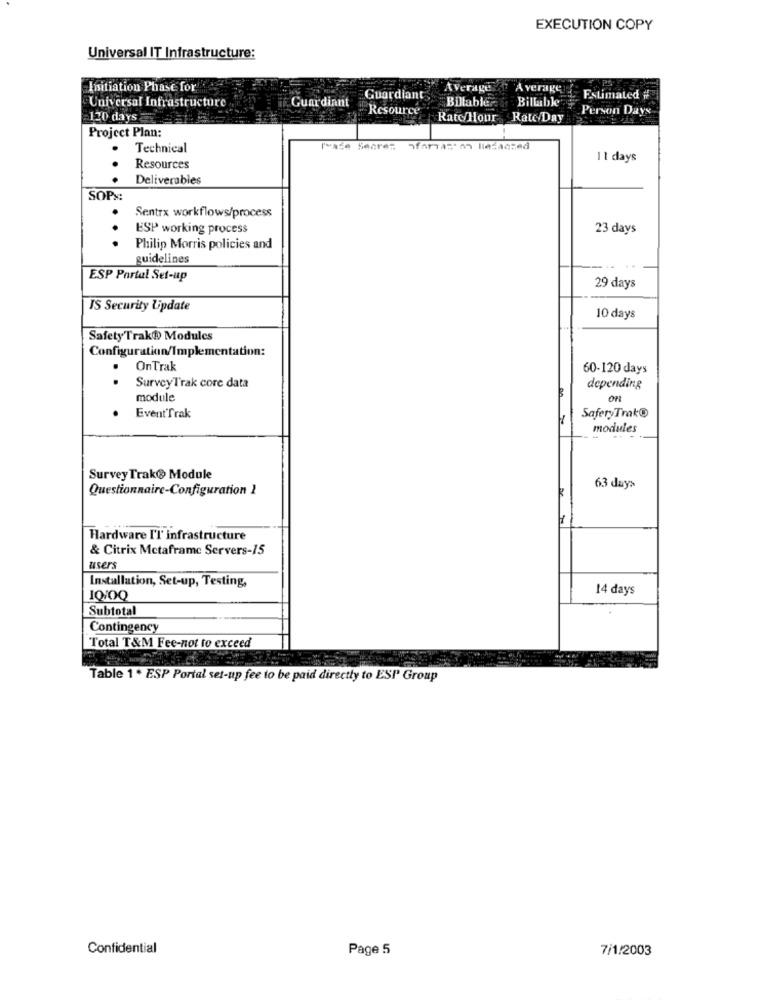
EXECUTION COPY
Universal IT Infrastructure:
Initiation Phase for
Average At Average
Universal Infrastructure
Guardiant
Guardiants
BDtable
Billable
Estimated #
Resource
Person Days
120 days
Rate/Hour Ratc/Day
Project Plan:
Technical
I'Made Secres farias'n lindaczed
11 days
Resources
Deliverables
SOPx
.
Sentrx workflows/process
.
ESP working process
23 days
.
Philip Morris policies and
guidelines
ESP Portal Set-up
29 days
IS Security Update
10 days
Safety Trak@ Modules
Configuration/Implementation:
OnTrak
60-120 days
Survey Trak core data
R
depending
module
ort
EventTrak
SafetyTrak®
modules
Survey Trak® Module
Questionnaire-Configuration 1
63 days
H
Hardware I'l infrastructure
& Citrix Metaframe Servers-15
users
Installation, Set-up, Testing,
14 days
Subtotal
Contingency
Total T&M Fee-not to exceed
Table 1 * ESP Portal set-up fee to be paid directly to ESI Group
Confidential
Page 5
7/1/2003